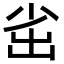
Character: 𡭲